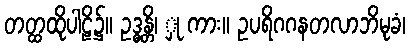
တတ္ထထိုပါဠိ၌။ ဥဒ္ဓန္တိ၊ ှု ကား။ ဥပရိဂဂနတလာဘိမုခံ၊